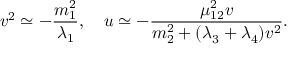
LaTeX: v ^ { 2 } \simeq - { \frac { m _ { 1 } ^ { 2 } } { \lambda _ { 1 } } } , ~ ~ ~ u \simeq - { \frac { \mu _ { 1 2 } ^ { 2 } v } { m _ { 2 } ^ { 2 } + ( \lambda _ { 3 } + \lambda _ { 4 } ) v ^ { 2 } } } .